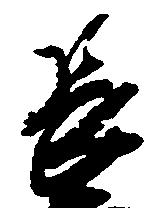
長